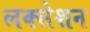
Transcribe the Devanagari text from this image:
लक्सेशन